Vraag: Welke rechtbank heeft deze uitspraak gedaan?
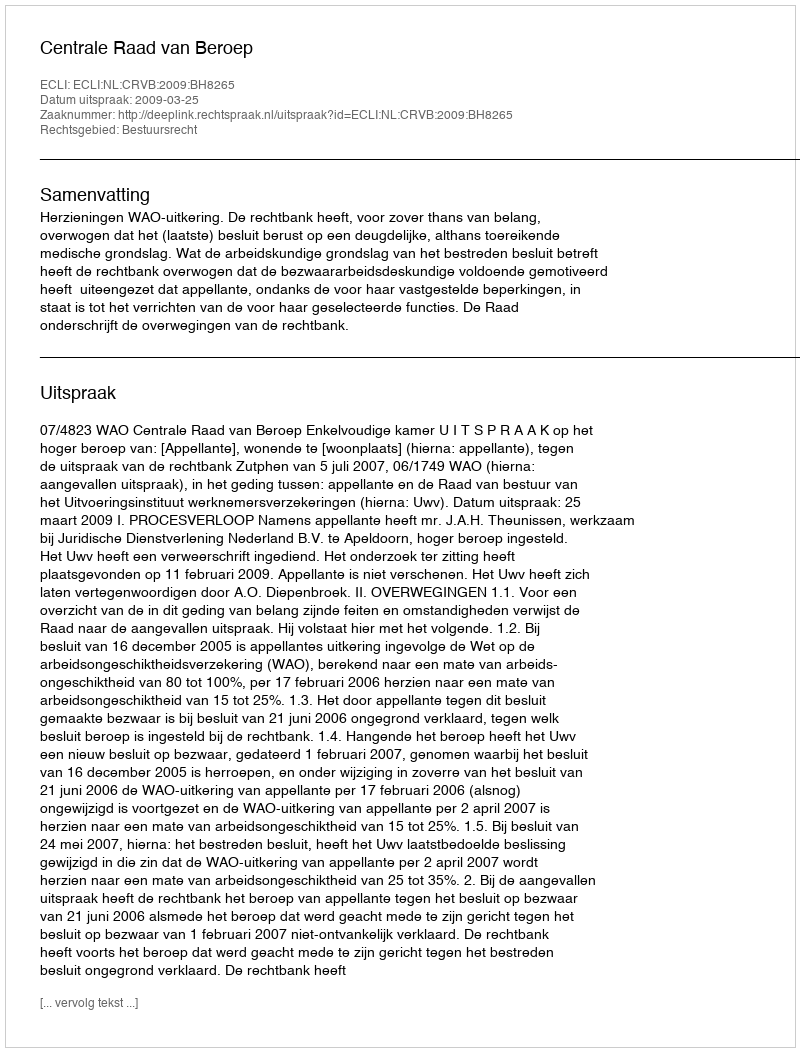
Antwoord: Centrale Raad van Beroep